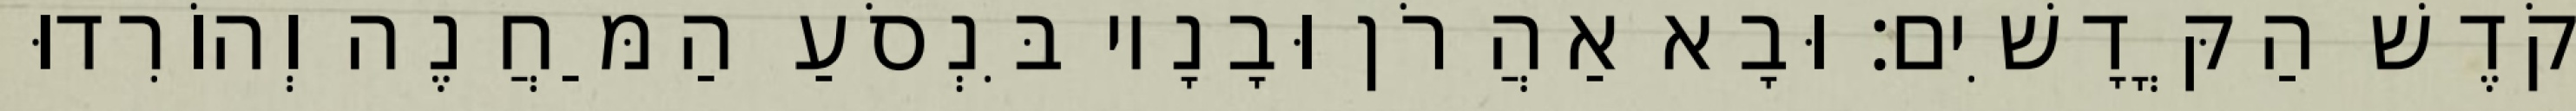
קֹדֶשׁ הַקֳּדָשִׁים׃ וּבָא אַהֲרֹן וּבָנָיו בִּנְסֹעַ הַמַּחֲנֶה וְהוֹרִדוּ